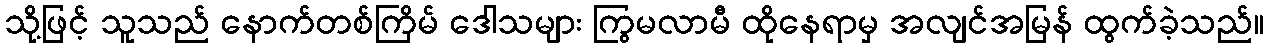
သို့ဖြင့် သူသည် နောက်တစ်ကြိမ် ဒေါသများ ကြွမလာမီ ထိုနေရာမှ အလျင်အမြန် ထွက်ခဲ့သည်။